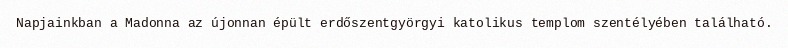
Napjainkban a Madonna az újonnan épült erdőszentgyörgyi katolikus templom szentélyében található.